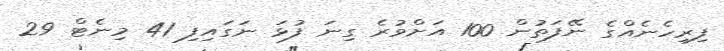
ފިރިހެނެއްގެ ނޭފަތުން 100 އަށްވުރެ ގިނަ ފުޅަ ނަގައިފި 41 މިނެޓް 29